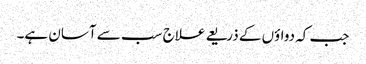
جب کہ دواؤں کے ذریعے علاج سب سے آسان ہے۔